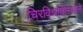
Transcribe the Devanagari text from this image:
चिरविश्रांतीस्थाने